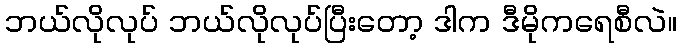
ဘယ်လိုလုပ် ဘယ်လိုလုပ်ပြီးတော့ ဒါက ဒီမိုကရေစီလဲ။